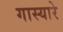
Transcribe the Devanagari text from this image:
गास्यारे